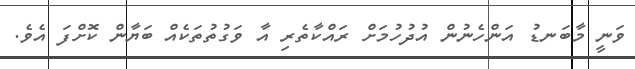
ވަނީ މާބަނޑު އަންހެނުން އުދުހުމަށް ރައްކާތެރި އާ ވަގުތުތަކެއް ބަޔާން ކޮށްފަ އެވެ.